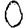
Digit: 0